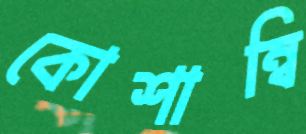
কোশাম্বি